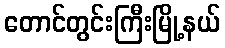
တောင်တွင်းကြီးမြို့နယ်